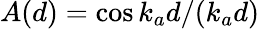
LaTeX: A(d)=\cos{k_{a}d}/(k_{a}d)